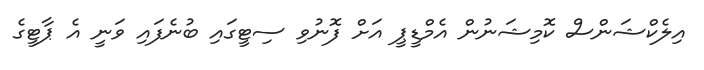
އިލެކްޝަންސް ކޮމިޝަނުން އެމްޑީޕީ އަށް ފޮނުވި ސިޓީގައި ބުނެފައި ވަނީ އެ ޕާޓީގެ